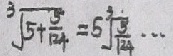
\sqrt [ 3 ] { 5 + \frac { 5 } { 1 2 4 } } = 5 \sqrt [ 3 ] { \frac { 5 } { 1 2 4 } } \cdots